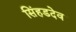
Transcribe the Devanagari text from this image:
सिंहडदेव